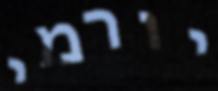
יורמי